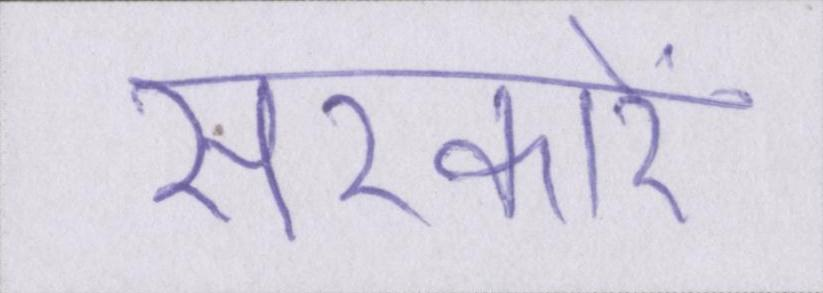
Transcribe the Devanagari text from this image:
सरकारें